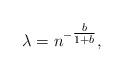
LaTeX: \begin{align*}\lambda = n^{-\tfrac{b}{1+b}},\end{align*}